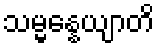
သမ္မန္နေယျာတိ